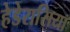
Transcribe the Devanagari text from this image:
हेडेरासिया